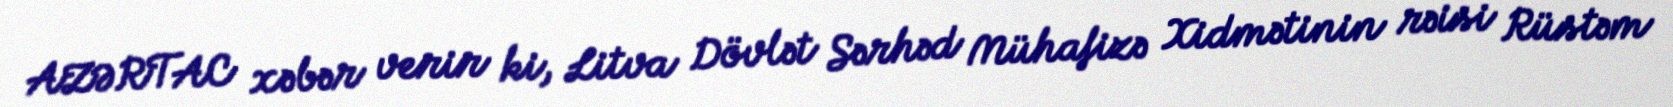
AZƏRTAC xəbər verir ki, Litva Dövlət Sərhəd Mühafizə Xidmətinin rəisi Rüstəm